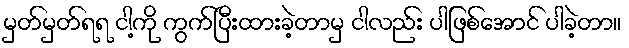
မှတ်မှတ်ရရ ငါ့ကို ကွက်ပြီးထားခဲ့တာမှ ငါလည်း ပါဖြစ်အောင် ပါခဲ့တာ။